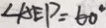
\angle A E P = 6 0 ^ { \circ }